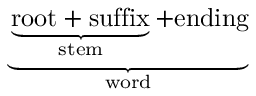
\underbrace { \underbrace { \mathrm { r o o t + s u f f i x } } _ { \mathrm { s t e m } } + \mathrm { e n d i n g } } _ { \mathrm { w o r d } }